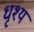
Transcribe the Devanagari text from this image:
धृश्य